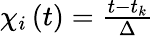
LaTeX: \begin{array}{r}{\chi_{i}\left(t\right)=\frac{t-t_{k}}{\Delta}}\end{array}